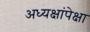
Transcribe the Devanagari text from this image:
अध्यक्षांपेक्षा